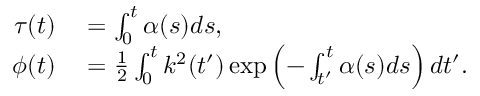
\begin{array} { r l } { \tau ( t ) } & { { } = \int _ { 0 } ^ { t } \alpha ( s ) d s , } \\ { \phi ( t ) } & { { } = \frac { 1 } { 2 } \int _ { 0 } ^ { t } k ^ { 2 } ( t ^ { \prime } ) \exp \left( - \int _ { t ^ { \prime } } ^ { t } \alpha ( s ) d s \right) d t ^ { \prime } . } \end{array}